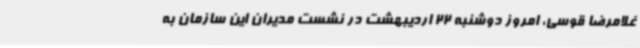
غلامرضا قوسی، امروز دوشنبه 22 اردیبهشت در نشست مدیران این سازمان به